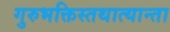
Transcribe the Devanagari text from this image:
गुरुभक्तिस्तथात्यान्ता